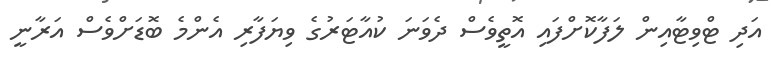
އަދި ޓްވިޓާއިން ލަފާކޮށްފައި އޮތީވެސް ދެވަނަ ކުއާޓަރުގެ ވިޔަފާރި އެންމެ ބޮޑަށްވެސް އަރާނީ